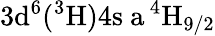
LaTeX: \mathrm{3d^{6}(^{3}H)4s\ a\, ^{4}H_{9/2}}